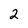
Character: 2